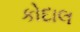
કોદાલ